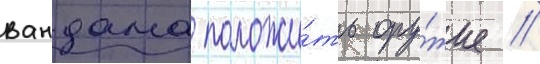
вандама положи́ть ору́жие //